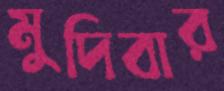
মুদিবার